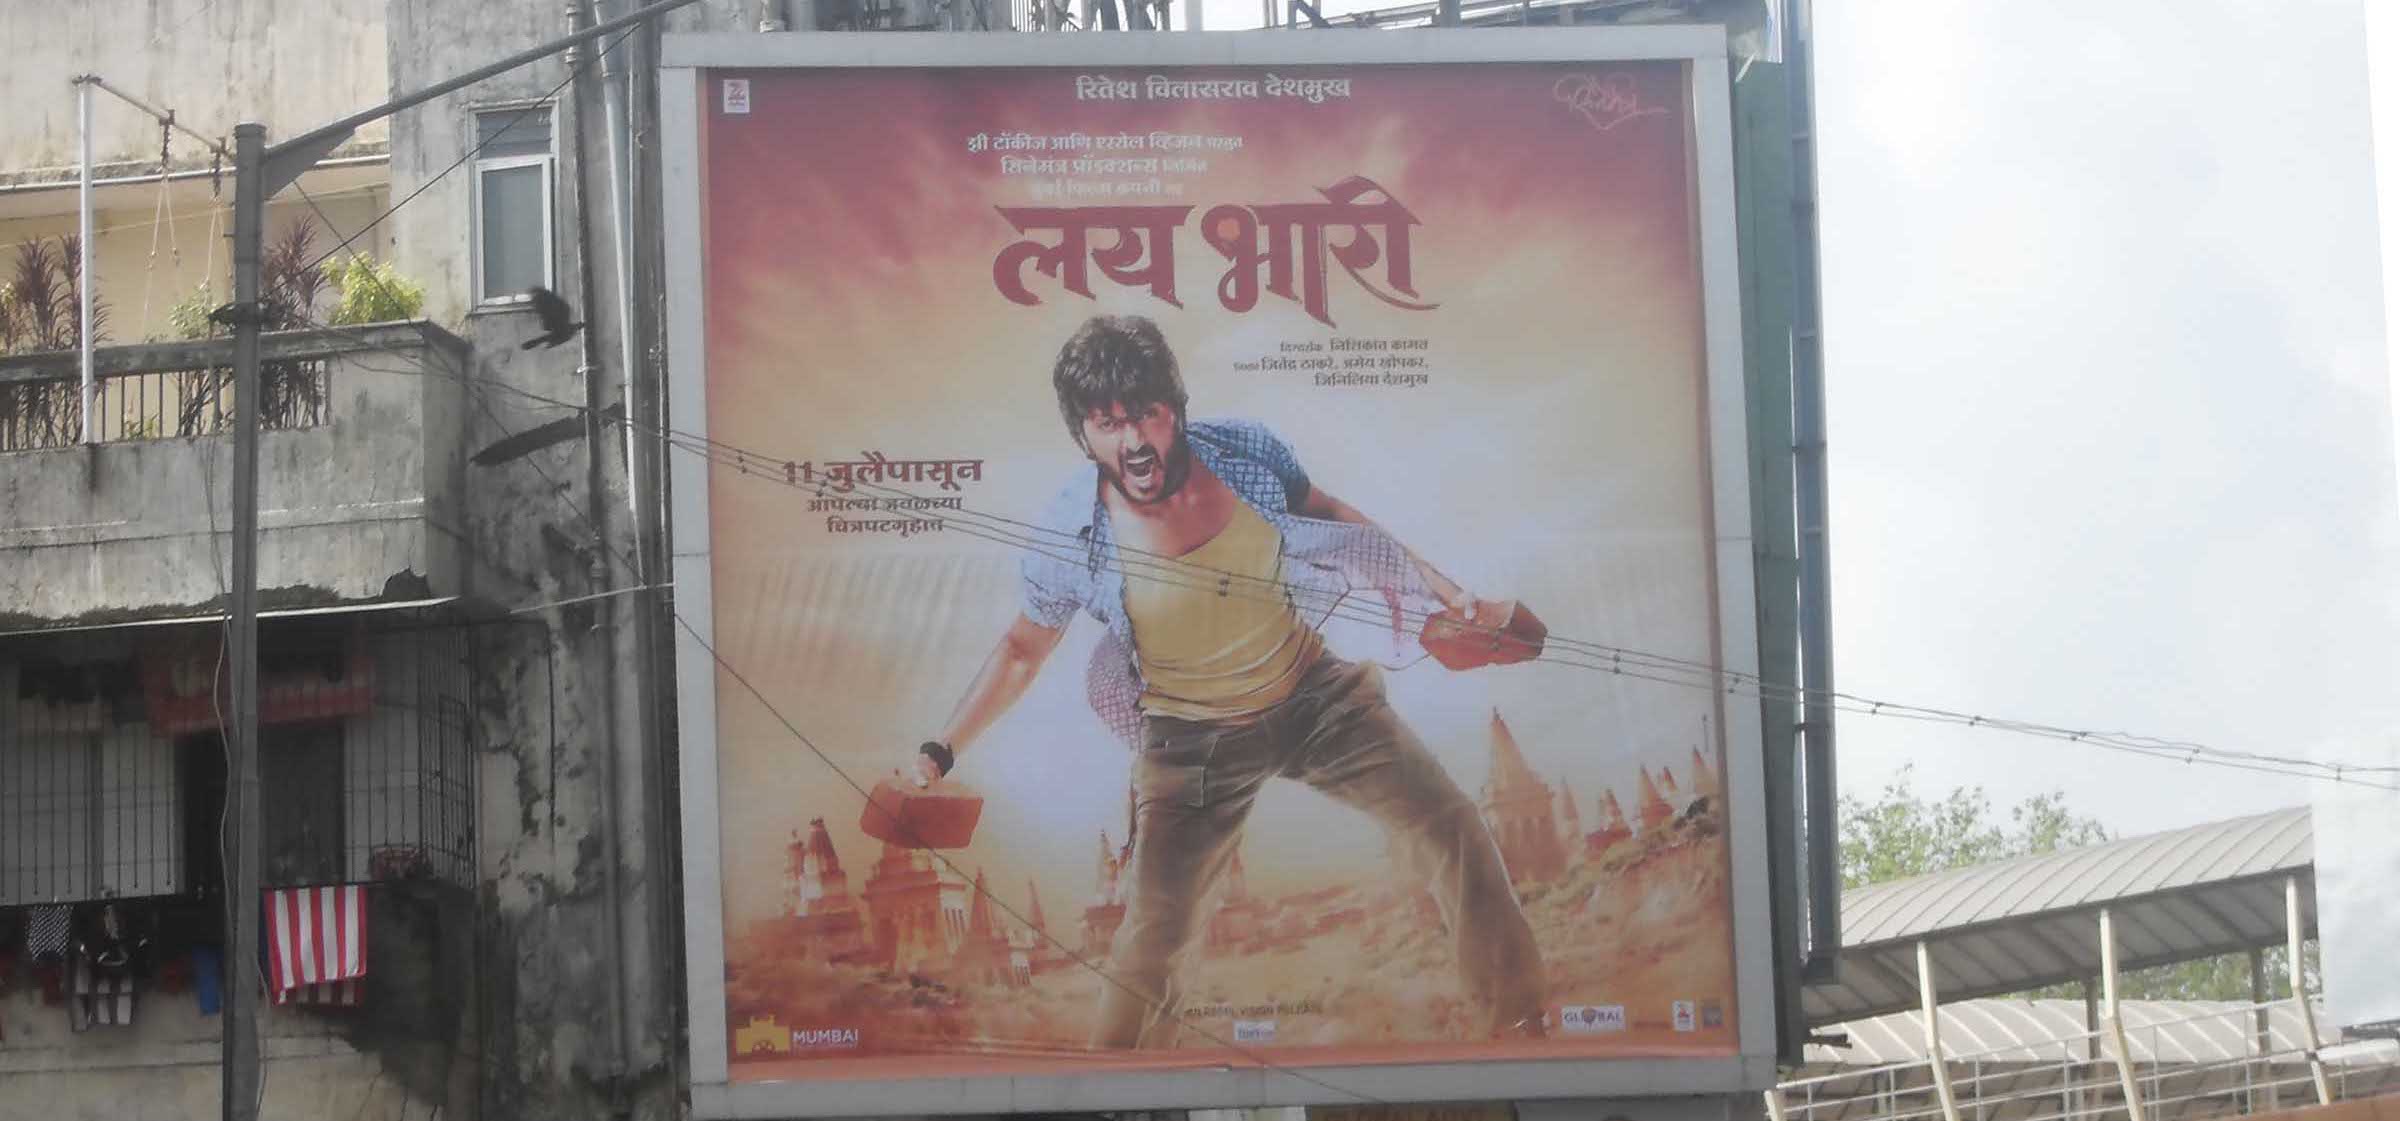
Language: marathi
Transcription: देशमुख लय आपल्या चित्रपटगृहात भारी रितेश विलासराव जुलैपासून